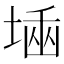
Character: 𡎫